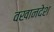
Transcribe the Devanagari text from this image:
वखानदेश